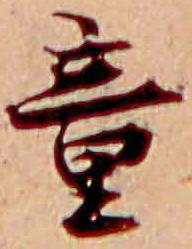
童